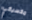
مكسيكي